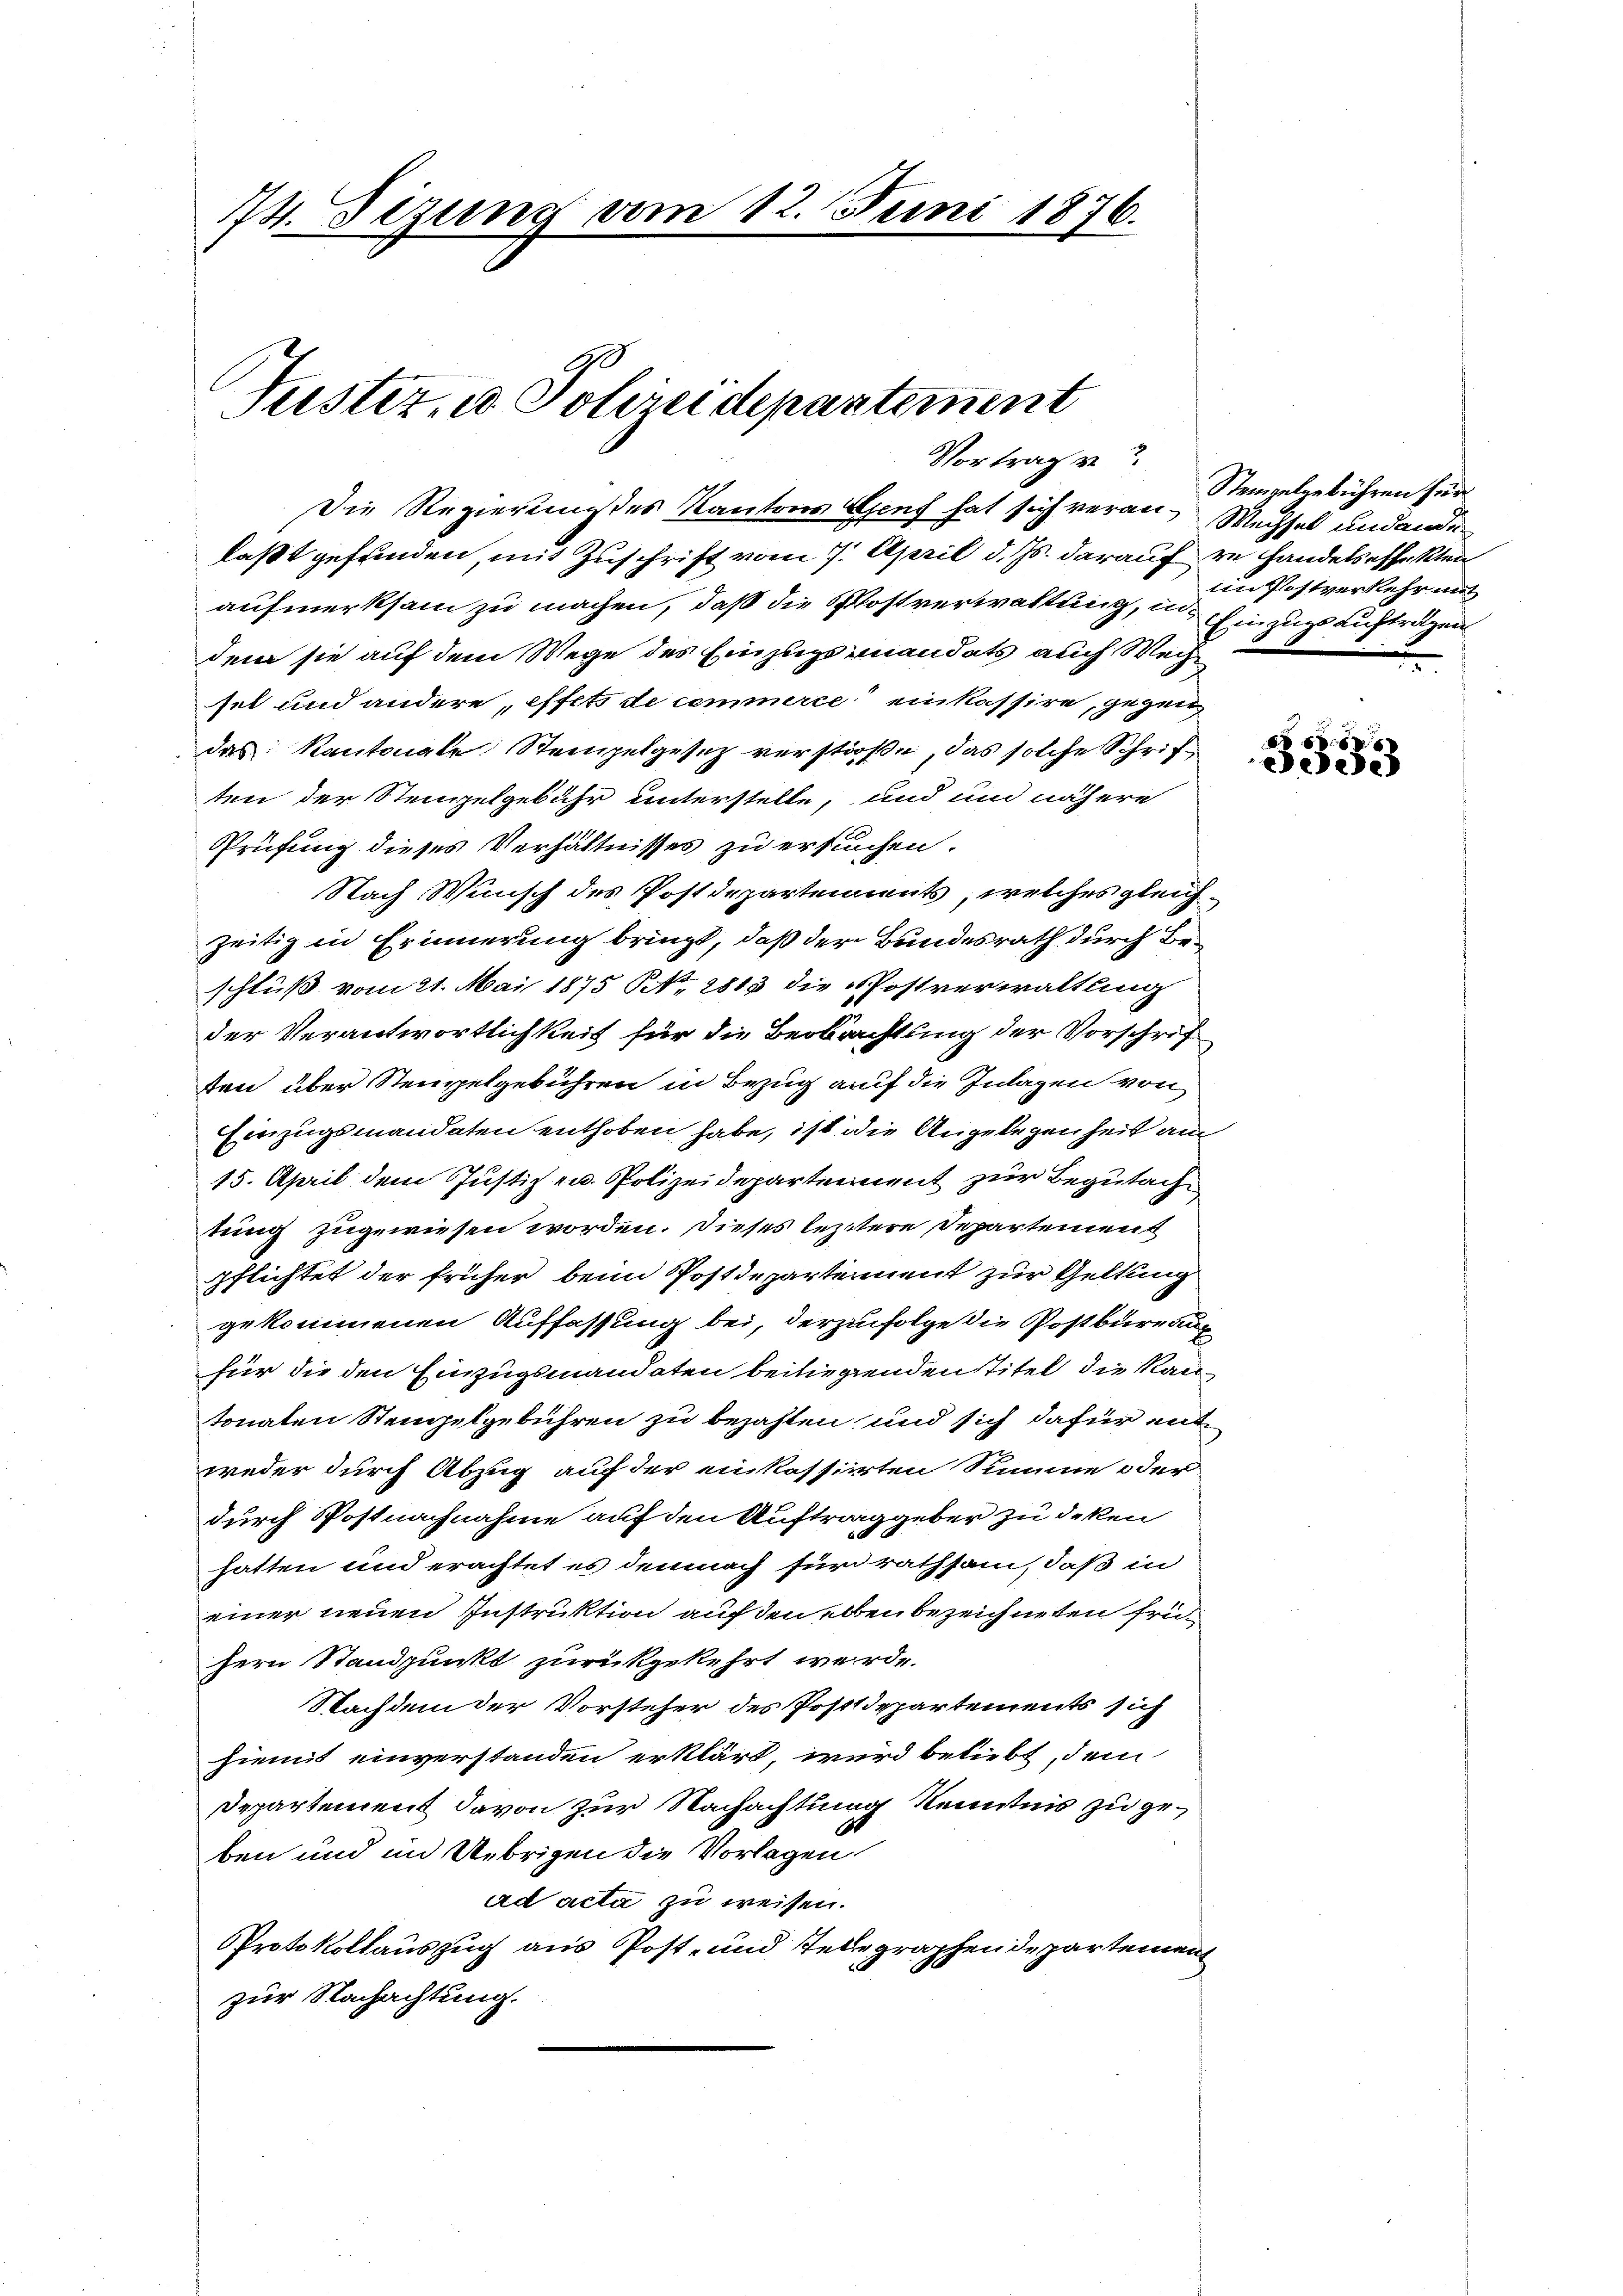
74. Sezung vom 12. Juni 1876.

Justiz, u. Polizeidepartement

Vortrag v

Die Regierung des Kantons Genf hat sich veran¬ Wechsel und ander
laßt gefunden, mit Zuschrift vom 7. April d. Js. darauf zu Handels effekten
aufmerksam zu machen, daß die Spostverwaltung, in Einzug aufträgen
dem sie auf dem Wege des Einzugs unandats auch Wechsel und andere, effet de commerce einkassire, gegen
das Kantonale Stempelgesetz verstoße, das solche Schriften der Stempelgebühr unterstelle, und um nähere
Prüfung dieses Verhältnisses zu ersuchen.
Nach Wunsch des Postdepartements, welches gleichzeitig in Erinnerung bringt, daß der Bundesrath durch Beschluß vom 21. Mai 1875 N. 2813 die Postverwaltung
der Verantwortlichkeit für die Beobrachtung der Vorschrif
ten über Stempelgebühren in Bezug auf die Inlagen von
Einzugsmandaten enthoben habe, ist die Angelegenheit am
15. April dem Justiz- u. Polizeidepartement zur Begutache
tung zugewiesen worden. Dieses leztere Departement
pflichtet der früher beim Postdepartement zur Geltung
gekommenen Auffassung bei, derzufolge die Postbureaux
für die den Einzugsmandaten beiliegenden Titel die Kantonaten Stempelgebühren zu bejahten und sich dafür ent-
weder durch Abzug auf der einkassierten Summe oder
durch Postnachnahme auf den Auftrag geber zu deken
hatten und erachtet es demnach für rathsam, daß in
einer neuen Instruktion auf den eben bezeichneten frühern Standpunkt zurückgekehrt werde.
Nachdem der Vorsteher des Postdepartements sich
hiemit einverstanden erklärt, wird beliebt, dem
Departement davon zur Nachachtung Kenntnis zu geben und im Uebrigen die Vorlagen,
ad acta zu weisen.
PProtokollauszug aus Post- und Telegraphendepartement
zur Nachachtung.

Stempelgebühren für
Ein Postverkehr mit

57
eese